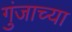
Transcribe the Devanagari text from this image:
गुंजाच्या